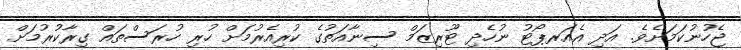
ޖެހުނުކަމަށެވެ. އަދި އެއަރޕޯޓު ނުހެދި ޓޫރިޒަމް ސިނާއަތުގެ ކުރިއެރުމަށް ހުރި ހުރަސްތައް ގިރާކުރުމަށް